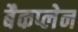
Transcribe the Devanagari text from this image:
बैकप्लेन